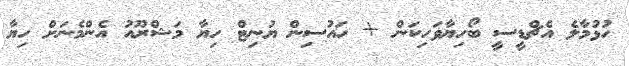
ހުޅުމާލެ އެޗްޑީސީ ބޯހިޔާވަހިކަން + ހައުސިން ޔުނިޓް ހިޔާ މަޝްރޫއު އެންމެނަށް ހިޔާ